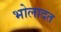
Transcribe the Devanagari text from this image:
भोलादत